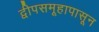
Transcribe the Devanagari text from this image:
द्वीपसमूहापासून